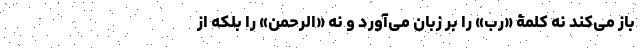
باز می‌کند نه کلمۀ «رب» را بر زبان می‌آورد و نه «الرحمن» را بلکه از